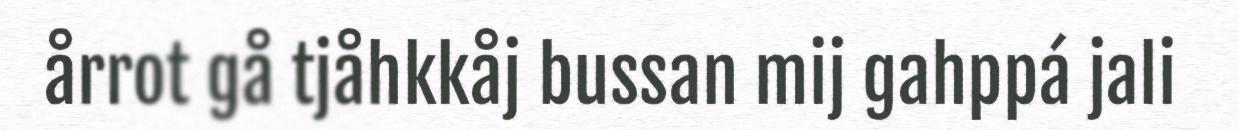
årrot gå tjåhkkåj bussan mij gahppá jali